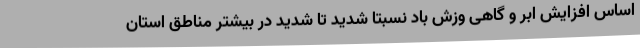
اساس افزایش ابر و گاهی وزش باد نسبتا شدید تا شدید در بیشتر مناطق استان